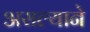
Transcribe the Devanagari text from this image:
असल्याने